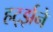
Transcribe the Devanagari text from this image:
हर्ट्झने